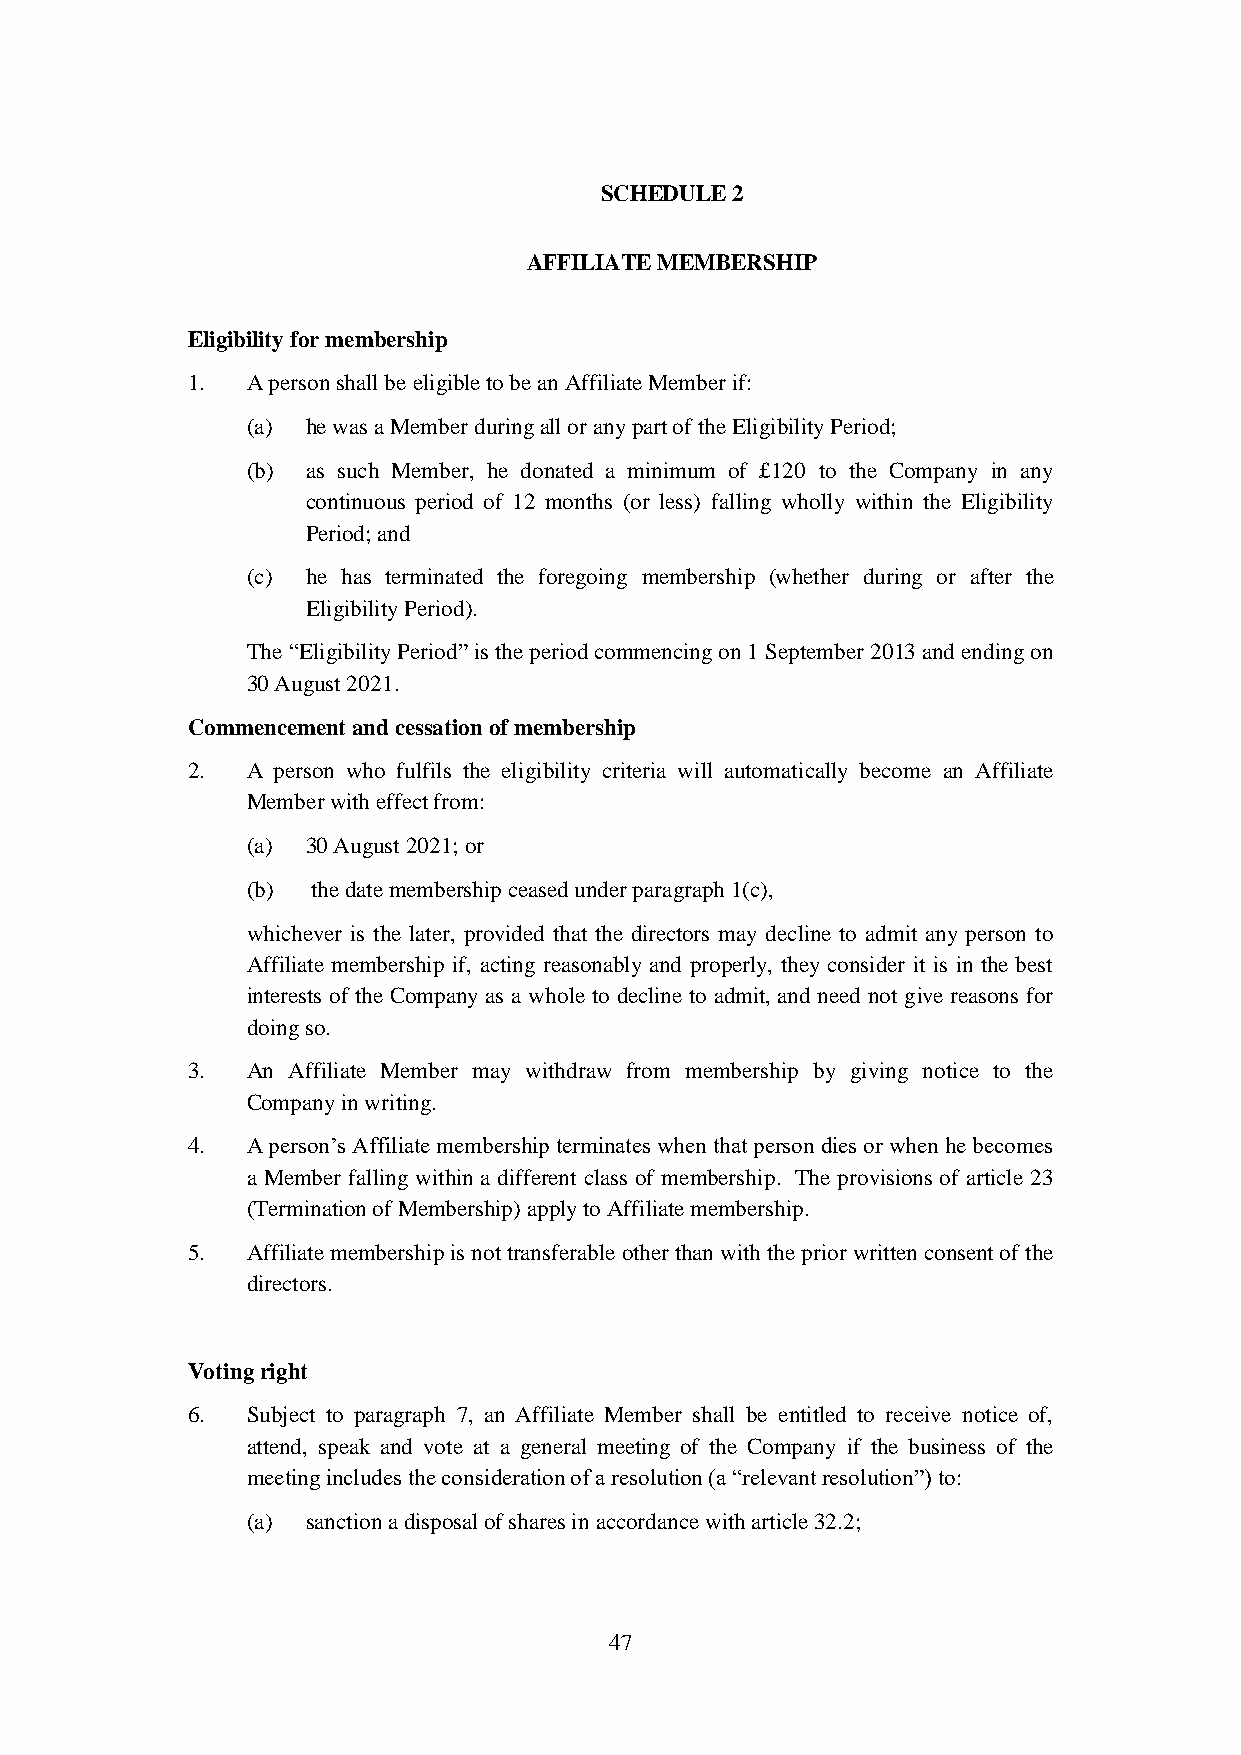
SCHEDULE 2
 AFFILIATE MEMBERSHIP
 Eligibility for membership
 1.  A person shall be eligible to be an Affiliate Member if:
 (a) he was a Member during all or any part of the Eligibility Period;
 (b) as such Member, he donated a minimum of £120 to the Company in any
 continuous period of 12 months (or less) falling wholly within the Eligibility
 Period; and
 (c) he has terminated the foregoing membership (whether during or after the
 Eligibility Period).
 The “Eligibility Period” is the period commencing on 1 September 2013 and ending on
 30 August 2021.
 Commencement and cessation of membership
 2.  A person who fulfils the eligibility criteria will automatically become an Affiliate
 Member with effect from:
 (a) 30 August 2021; or
 (b)  the date membership ceased under paragraph 1(c),
 whichever is the later, provided that the directors may decline to admit any person to
 Affiliate membership if, acting reasonably and properly, they consider it is in the best
 interests of the Company as a whole to decline to admit, and need not give reasons for
 doing so.
 3.  An Affiliate Member may withdraw from membership by giving notice to the
 Company in writing.
 4.  A person’s Affiliate membership terminates when that person dies or when he becomes
 a Member falling within a different class of membership. The provisions of article 23
 (Termination of Membership) apply to Affiliate membership.
 5.  Affiliate membership is not transferable other than with the prior written consent of the
 directors.
 Voting right
 6.  Subject to paragraph 7, an Affiliate Member shall be entitled to receive notice of,
 attend, speak and vote at a general meeting of the Company if the business of the
 meeting includes the consideration of a resolution (a “relevant resolution”) to:
 (a) sanction a disposal of shares in accordance with article 32.2;
 47